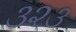
૩૨૩